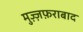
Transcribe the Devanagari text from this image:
मुज़्ज़फ़राबाद